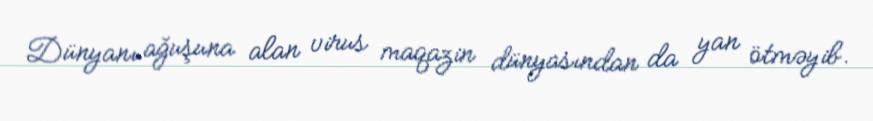
Dünyanı ağuşuna alan virus maqazin dünyasından da yan ötməyib.